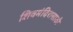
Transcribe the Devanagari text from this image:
शिवमंदिरासाठी